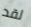
لقد